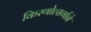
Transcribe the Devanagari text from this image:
किरणोत्‍सर्गाने